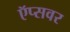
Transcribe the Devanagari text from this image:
ऍप्सवर